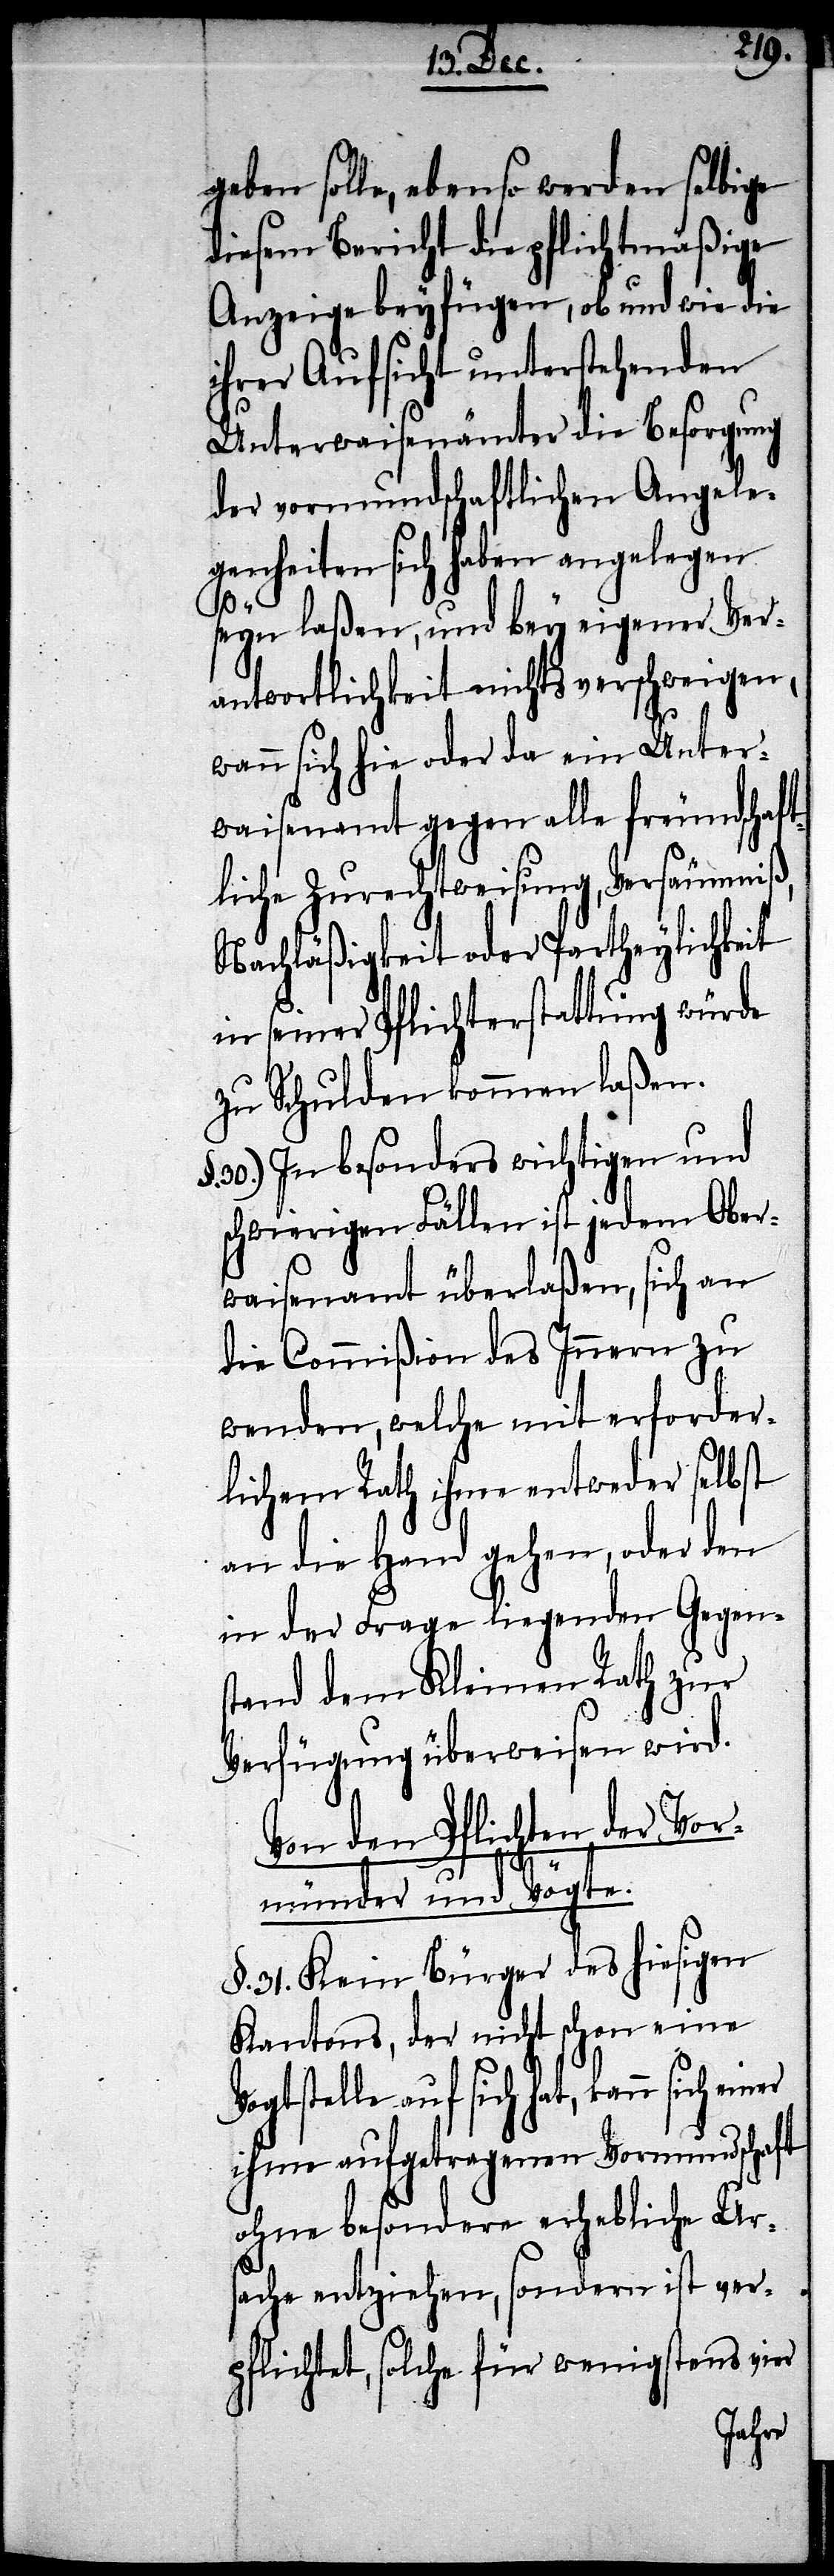
geben solle, ebenso werden selbige
diesem Bericht die pflichtmäßige
Anzeige beyfügen, ob und wie die
ihrer Aufsicht unterstehenden
Unterwaisenämter die Besorgung
der vormundschaftlichen Angele¬
genheiten sich haben angelegen
seyn laßen, und bey eigener Ver¬
antwortlichkeit nichts verschweigen,
wann sich hie oder da ein Unter¬
waisenamt gegen alle freundschaft¬
liche Zurechtweisung, Versäumniß,
Nachläßigkeit oder Partheylichkeit
in seiner Pflichterstattung würde
zu Schulden kommen laßen.
30. In besonders wichtigen und
schwierigen Fällen ist jedem Ober¬
waisenamt überlaßen, sich an
die Commißion des Innern zu
wenden, welche mit erforder¬
lichem Rath, ihm entweder selbst
an die Hand gehen, oder den
in der Frage liegenden Gegen¬
stand dem Kleinen Rath zur
Verfügung überweisen wird.
Von den Pflichten der Vor¬
münder und Vögte.
§. 31. Kein Bürger des hiesigen
Kantons, der nicht schon eine
Vogtstelle auf sich hat, kann
ihm aufgetragenen Vormundschaft
ohne besondere erhebliche Urs¬
ache entziehen, sondern ist ver¬
pflichtet, solche für wenigstens vier